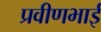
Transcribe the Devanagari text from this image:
प्रवीणभाई